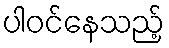
ပါဝင်နေသည့်